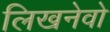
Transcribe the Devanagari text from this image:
लिखनेवो